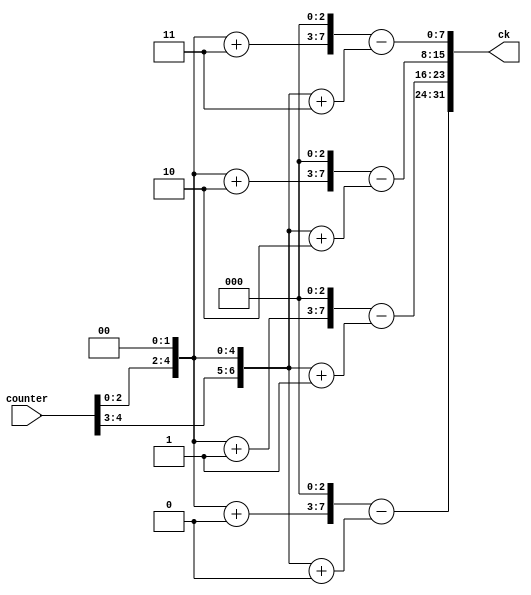
module ARS_CK (ck,
           counter);

output [0:31] ck;
input  [0:4] counter;

reg    [0:31] ck;
reg    [0:6] cou_3,cou_2,cou_1,cou_0;
reg    [0:9] ck_3,ck_2,ck_1,ck_0;
reg    [0:7] mod_3,mod_2,mod_1,mod_0;

always @ (counter)
  begin
    cou_0={counter,2'b0};
    cou_1=cou_0;
    cou_2=cou_0;
    cou_3=cou_0;
  end

always @ (cou_0 or cou_1 or cou_2 or cou_3)
  begin
    ck_0=({(cou_0+0),3'b0})-(cou_3+0);
    ck_1=({(cou_1+1),3'b0})-(cou_3+1);
    ck_2=({(cou_2+2),3'b0})-(cou_3+2);
    ck_3=({(cou_3+3),3'b0})-(cou_3+3);
  end
  
always @ (ck_3 or ck_2 or ck_1 or ck_0)
  begin
    mod_0=ck_0[2:9];
    mod_1=ck_1[2:9];
    mod_2=ck_2[2:9];
    mod_3=ck_3[2:9];
  end
  
always @ (mod_3 or mod_2 or mod_1 or mod_0)
  ck={mod_0,mod_1,mod_2,mod_3};

endmodule